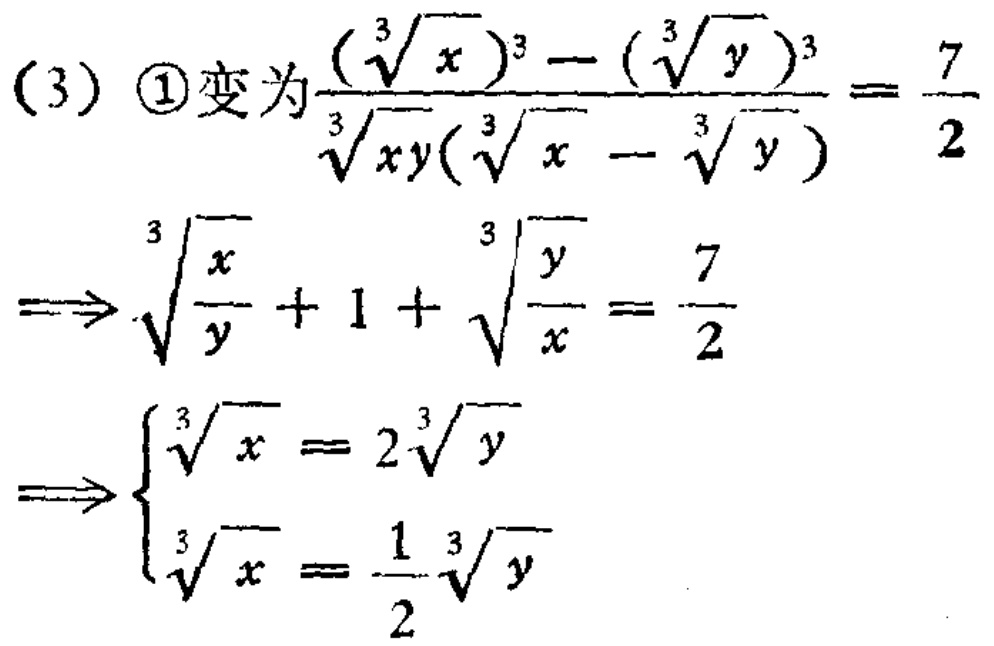
(3) \textcircled{1}变为$\frac{(\sqrt[3]{x})^{3}-(\sqrt[3]{y})^{3}}{\sqrt[3]{xy}(\sqrt[3]{x}-\sqrt[3]{y})}=\frac{7}{2}$
$\Rightarrow\sqrt[3]{\frac{x}{y}} + 1+\sqrt[3]{\frac{y}{x}}=\frac{7}{2}$
$\Rightarrow\begin{cases}\sqrt[3]{x}=2\sqrt[3]{y}\\\sqrt[3]{x}=\frac{1}{2}\sqrt[3]{y}\end{cases}$